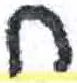
אות: ח